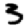
Digit: 3